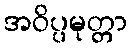
အဝိပ္ပမုတ္တာ